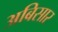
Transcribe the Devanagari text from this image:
अबिसार